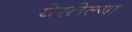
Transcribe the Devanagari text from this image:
घेरलेल्या